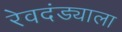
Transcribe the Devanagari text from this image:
रेवदंड्याला